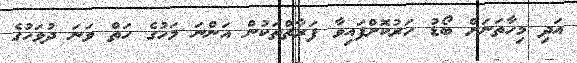
އަދި މިހާތަނަށް ބޯޑު ހަރުކޮށްފައިވާ ފަރާތްތަކުން އަންނަ މަހުގެ ހަތް ވަނަ ދުވަހުގެ